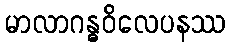
မာလာဂန္ဓဝိလေပနဿ